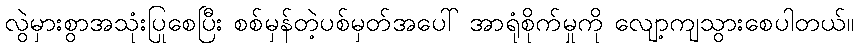
လွဲမှားစွာအသုံးပြုစေပြီး စစ်မှန်တဲ့ပစ်မှတ်အပေါ် အာရုံစိုက်မှုကို လျော့ကျသွားစေပါတယ်။